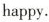
happy.